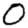
Digit: 0